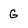
Character: G